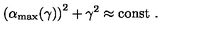
\left( \alpha _ { \mathrm { m a x } } ( \gamma ) \right) ^ { 2 } + \gamma ^ { 2 } \approx \mathrm { c o n s t \ . }